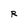
Character: R